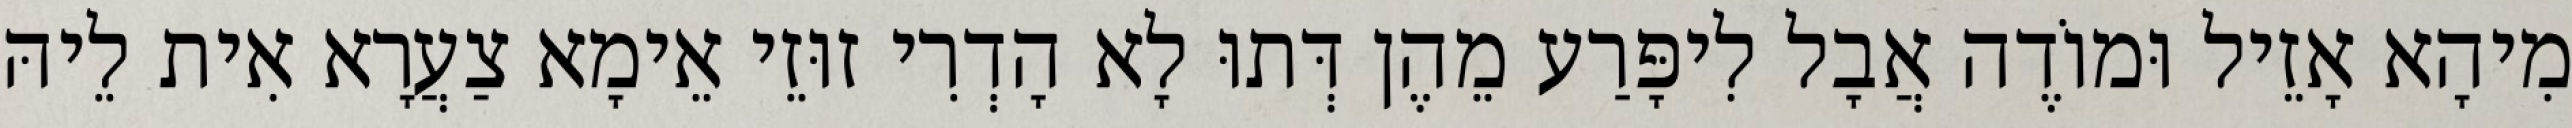
מִיהָא אָזֵיל וּמוֹדֶה אֲבָל לִיפָּרַע מֵהֶן דְּתוּ לָא הָדְרִי זוּזֵי אֵימָא צַעֲרָא אִית לֵיהּ